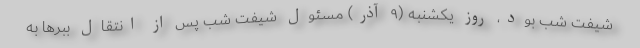
شیفت شب بود، روز یکشنبه (۹ آذر) مسئول شیفت شب پس از انتقال ببرها به